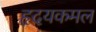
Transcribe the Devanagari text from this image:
हृदयकमल